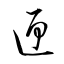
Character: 匣